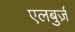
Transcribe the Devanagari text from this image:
एलबुर्ज़